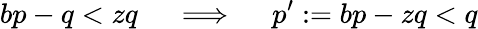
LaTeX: bp-q<zq\quad\implies\quad p^{\prime}:=bp-zq<q